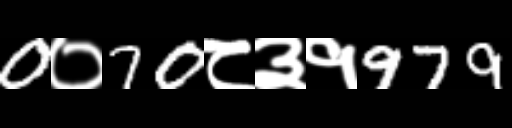
Text: 0०70८३१979